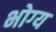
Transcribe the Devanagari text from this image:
भोग्‍य